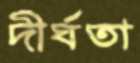
দীর্ঘতা